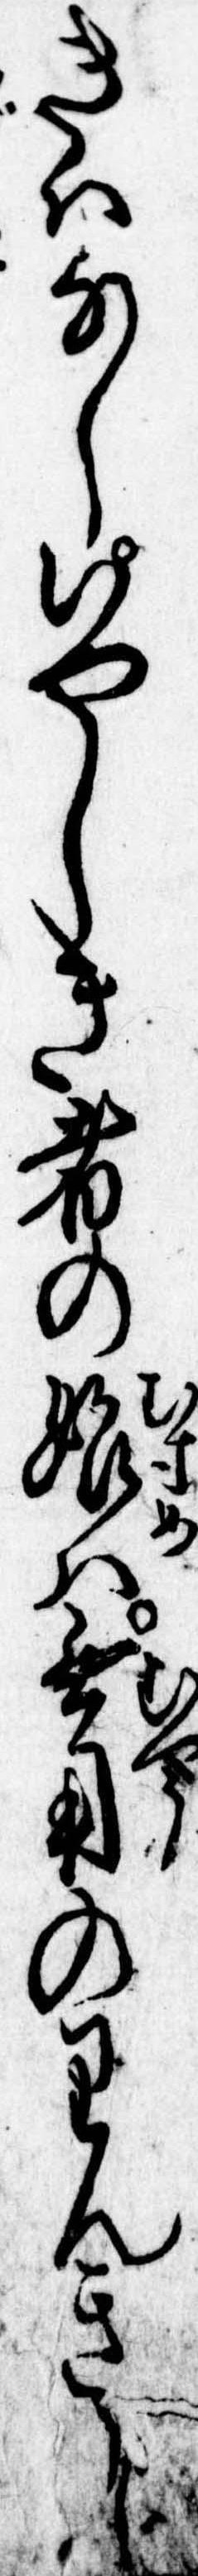
きはなしいやしき者の娘は無用のりんきに